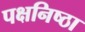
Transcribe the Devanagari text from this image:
पक्षनिष्ठा